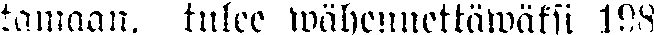
lamaan, tulee wähennettäwäksi 198